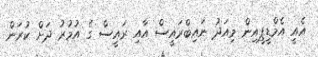
އެއީ އެމްޑީޕީއިން މިއަދު ނައިބްރައީސް އާއި ރައީސް ގެ އުމުރު ދަށް ކުރަން